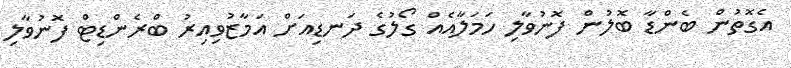
އެގޮތުން ބެންޑާ ބޮލުން ފޮނުވާލި ހަމަލާއެއް ގޯލުގެ ދަނޑިއަށް އަމާޒުވިއިރު ބްރެންޑިޓް ފޮނުވާލި